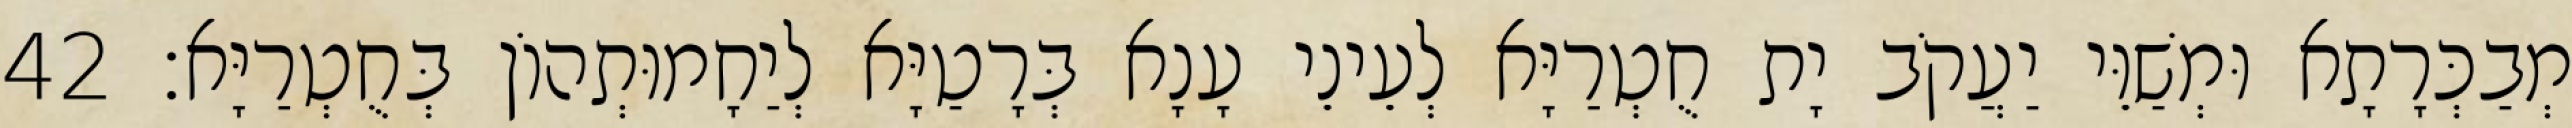
מְבַכְּרָתָא וּמְשַׁוֵּי יַעֲקֹב יָת חֻטְרַיָּא לְעֵינֵי עָנָא בְּרָטַיָּא לְיַחָמוּתְהוֹן בְּחֻטְרַיָּא׃ 42